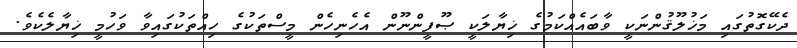
ދެކޭގޮތުގައި މަޚުލޫޤުންނަކީ ވާބައެއްކަމުގެ ޚިޔާލަކީ ޞޫފީންނޫން އެހެނިހެން މީސްތަކުގެ ހިއްތަކުގައިވާ ވަހުމީ ޚިޔާލެކެވެ.